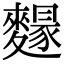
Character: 𪍭